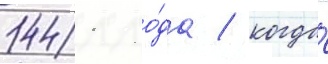
1441 го́да / когда́